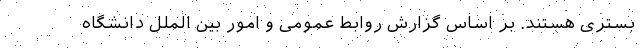
بستری هستند. بر اساس گزارش روابط‌ عمومی و امور بین ‌الملل دانشگاه